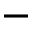
-